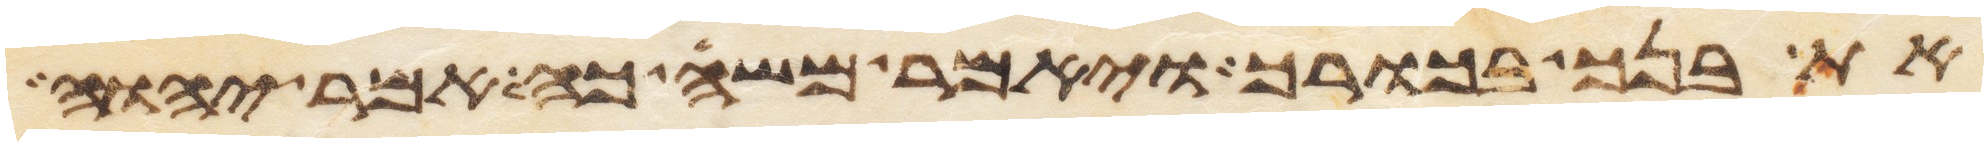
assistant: את בנך בכורך ויאמר משה כה אמר יהוה